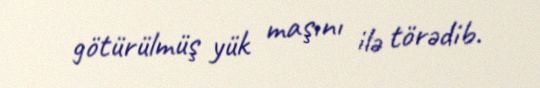
götürülmüş yük maşını ilə törədib.